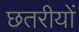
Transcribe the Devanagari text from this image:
छतरीयों